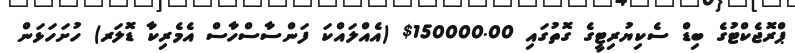
ޕްރޮޖެކްޓުގެ ބިޑް ސެކިޔުރިޓީގެ ގޮތުގައި 150000.00$ (އެއްލައްކަ ފަންސާސްހާސް އެމެރިކާ ޑޮލަރ) ހުށަހަޅަން